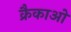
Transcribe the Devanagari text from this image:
क्रैकाओ